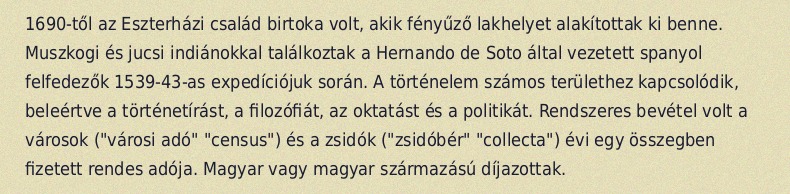
1690-től az Eszterházi család birtoka volt, akik fényűző lakhelyet alakítottak ki benne. Muszkogi és jucsi indiánokkal találkoztak a Hernando de Soto által vezetett spanyol felfedezők 1539-43-as expedíciójuk során. A történelem számos területhez kapcsolódik, beleértve a történetírást, a filozófiát, az oktatást és a politikát. Rendszeres bevétel volt a városok ("városi adó" "census") és a zsidók ("zsidóbér" "collecta") évi egy összegben fizetett rendes adója. Magyar vagy magyar származású díjazottak.